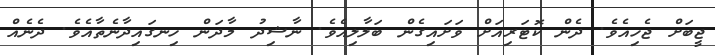
ޖީބަށް ޖެހިއެވެ. ދެން ކޮޓަރިއަށް ވަށައިގެން ބަލާލިއެވެ. ނާޝިދު މާދަން ހިނގައިދާނެތާއެވެ. ދެނެއް